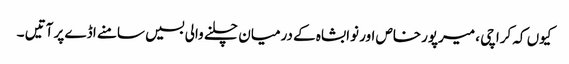
کیوں کہ کراچی ، میرپورخاص اور نوابشاہ کے درمیان چلنے والی بسیں سامنے اڈے پر آتیں ۔